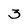
Character: 3